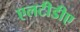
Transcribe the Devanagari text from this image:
एलटीडीए